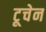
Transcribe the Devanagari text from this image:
टूचेन